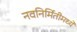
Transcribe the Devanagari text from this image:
नवनिर्मितीमध्‍ये